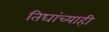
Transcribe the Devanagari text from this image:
तिघांच्याही